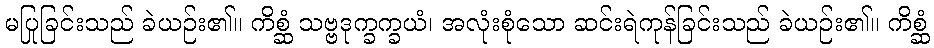
မပြုခြင်းသည် ခဲယဉ်း၏။ ကိစ္ဆံ သဗ္ဗဒုက္ခက္ခယံ၊ အလုံးစုံသော ဆင်းရဲကုန်ခြင်းသည် ခဲယဉ်း၏။ ကိစ္ဆံ